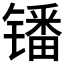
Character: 𫔍